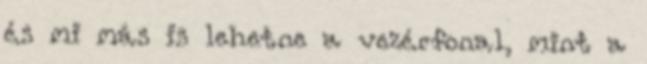
és mi más is lehetne a vezérfonal, mint a